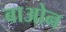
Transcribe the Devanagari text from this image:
बाओन